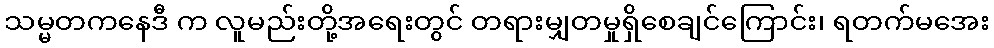
သမ္မတကနေဒီ က လူမည်းတို့အရေးတွင် တရားမျှတမှုရှိစေချင်ကြောင်း၊ ရတက်မအေး